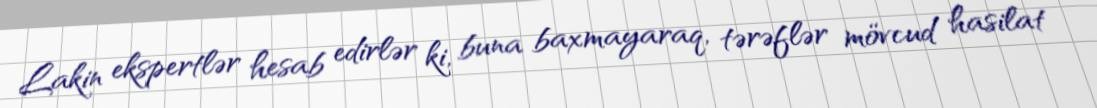
Lakin ekspertlər hesab edirlər ki, buna baxmayaraq, tərəflər mövcud hasilat